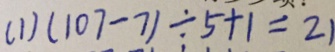
( 1 ) ( 1 0 7 - 7 ) \div 5 + 1 = 2 1